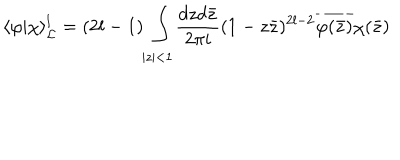
\langle \varphi | \chi \rangle _ { { \cal L } } ^ { l } = ( 2 l - 1 ) \int _ { | z | < 1 } \frac { d z d \bar { z } } { 2 \pi i } ( 1 - z \bar { z } ) ^ { 2 l - 2 } \overline { { { \varphi ( \bar { z } ) } } } \chi ( \bar { z } )